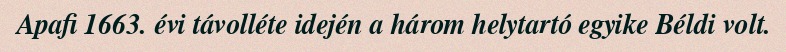
Apafi 1663. évi távolléte idején a három helytartó egyike Béldi volt.